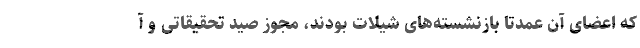
که اعضای آن عمدتا بازنشسته‌های شیلات بودند، مجوز صید تحقیقاتی و آ